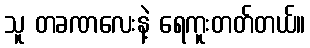
သူ တခဏလေးနဲ့ ရေကူးတတ်တယ်။